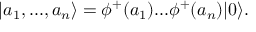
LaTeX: | a _ { 1 } , . . . , a _ { n } \rangle = \phi ^ { + } ( a _ { 1 } ) . . . \phi ^ { + } ( a _ { n } ) | 0 \rangle .